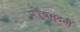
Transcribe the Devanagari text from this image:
पपंचसूदनी